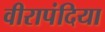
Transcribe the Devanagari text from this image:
वीरापंदिया